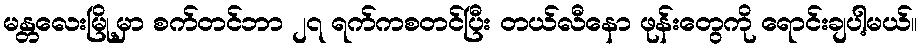
မန္တလေးမြို့မှာ စက်တင်ဘာ ၂၇ ရက်ကစတင်ပြီး တယ်လီနော ဖုန်းတွေကို ရောင်းချပါ့မယ်။